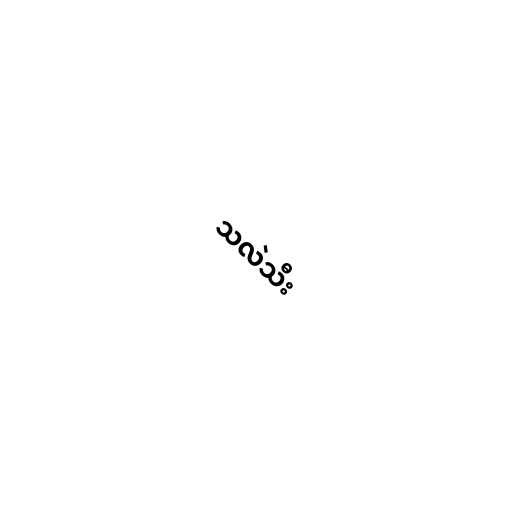
သလဲသီး